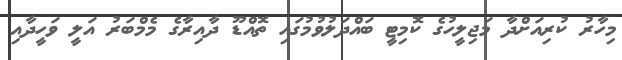
މިހާރު ކުރިއަށްދާ މަޖިލީހުގެ ކޮމިޓީ ބައްދަލުވުމުގައި ތޮއްޑޫ ދާއިރާގެ މެމްބަރު އަލީ ވަހީދާއި